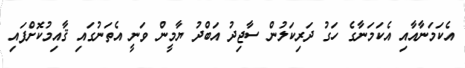
އެކަމަނާއާއި އެކަމަނާގެ ހަގު ދަރިކަލުން ސާޖިދު އަބްދު ޔާމީން ވަނީ އެތަނުގައި ޤާއިމުކޮށްފައި